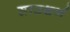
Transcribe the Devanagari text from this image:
साउथर्ण